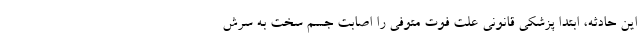
این حادثه، ابتدا پزشکی قانونی علت فوت متوفی را اصابت جسم سخت به سرش